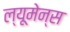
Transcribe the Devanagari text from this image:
ल्यूमेन्स